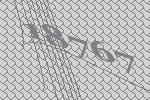
18767